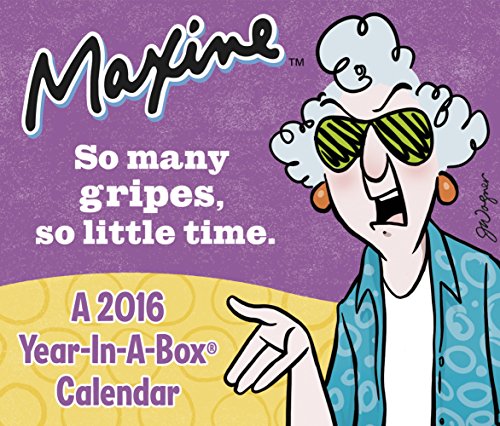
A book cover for MAXINE  Year-In-A-Box Calendar (2016); Year-In-A-Box; Calendars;